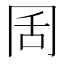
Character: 𭁦